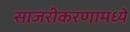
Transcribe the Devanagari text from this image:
साजरीकरणामध्ये